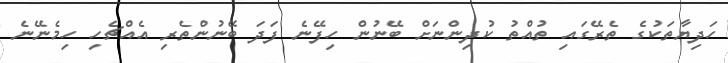
ހަދިޔާތަކުގެ ތެރޭގައި ތުއްތު ކުދިންނަށް ބޭނުން ހިފޭނެ ފަދަ ބޭނުންތެރި އެއްޗެހި ހިމެނޭނެ